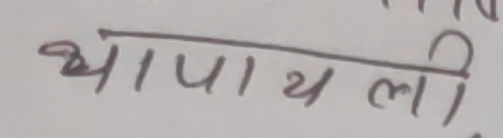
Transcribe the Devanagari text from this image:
थापाथली